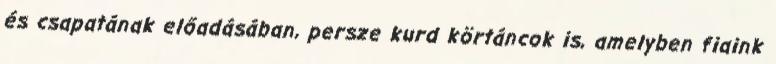
és csapatának előadásában, persze kurd körtáncok is, amelyben fiaink